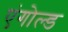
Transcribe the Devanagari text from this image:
एंगोल्ड